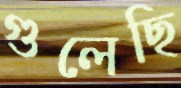
গুলেছি